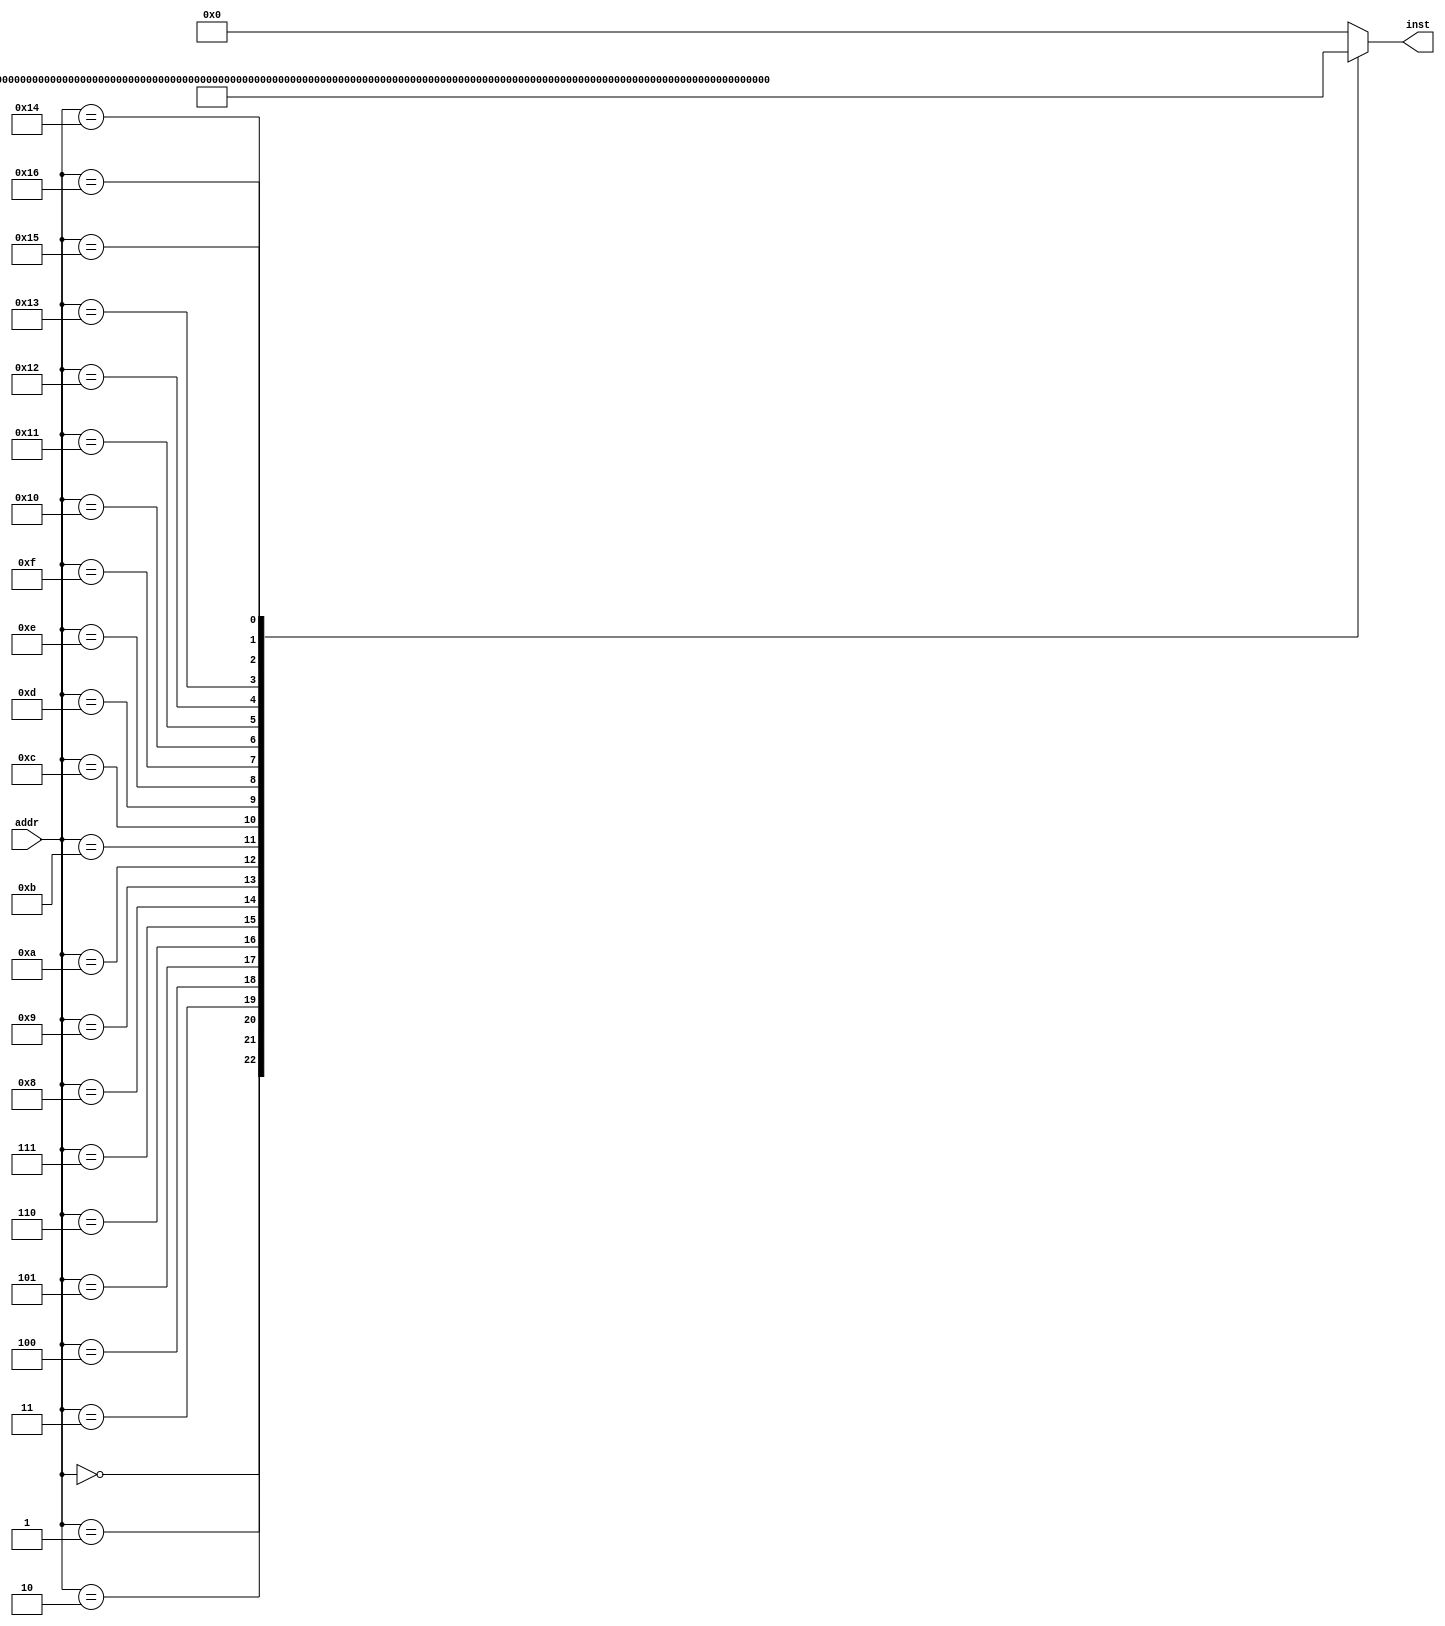
`timescale 1ns / 1ps
//*************************************************************************
//   > : inst_rom.v
//   >   
//   >         
//   >   : LOONGSON
//   >   : 2016-04-14
//*************************************************************************
module inst_rom(
    input      [4 :0] addr, // 
    output reg [31:0] inst       // 
    );

    wire [31:0] inst_rom[22:0];  // 7'b000_0000~7'b111_1111
    //-------------  ---------||---  -----|-  -----//
    assign inst_rom[ 0] = 32'h24010001; // 00H: addiu $1 ,$0,#1   | $1 = 0000_0001H
    assign inst_rom[ 1] = 32'h00011100; // 04H: sll   $2 ,$1,#4   | $2 = 0000_0010H
    assign inst_rom[ 2] = 32'h00411821; // 08H: addu  $3 ,$2,$1   | $3 = 0000_0011H
    assign inst_rom[ 3] = 32'h00022082; // 0CH: srl   $4 ,$2,#2   | $4 = 0000_0004H
    assign inst_rom[ 4] = 32'h00642823; // 10H: subu  $5 ,$3,$4   | $5 = 0000_000DH
    assign inst_rom[ 5] = 32'hAC250013; // 14H: sw    $5 ,#19($1) | Mem[0000_0014H] = 0000_000DH
    assign inst_rom[ 6] = 32'h00A23027; // 18H: nor   $6 ,$5,$2   | $6 = FFFF_FFE2H
    assign inst_rom[ 7] = 32'h00C33825; // 1CH: or    $7 ,$6,$3   | $7 = FFFF_FFF3H
    assign inst_rom[ 8] = 32'h00E64026; // 20H: xor   $8 ,$7,$6   | $8 = 0000_0011H
    assign inst_rom[ 9] = 32'hAC08001C; // 24H: sw    $8 ,#28($0) | Mem[0000_001CH] = 0000_0011H
    assign inst_rom[10] = 32'h00C7482A; // 28H: slt   $9 ,$6,$7   | $9 = 0000_0001H
    assign inst_rom[11] = 32'h11210002; // 2CH: beq   $9 ,$1,#2   | 34H
    assign inst_rom[12] = 32'h24010004; // 30H: addiu $1 ,$0,#4   | 
    assign inst_rom[13] = 32'h8C2A0013; // 34H: lw    $10,#19($1) | $10 = 0000_000DH
    assign inst_rom[14] = 32'h15450003; // 38H: bne   $10,$5,#3   | 
    assign inst_rom[15] = 32'h00415824; // 3CH: and   $11,$2,$1   | $11 = 0000_0000H
    assign inst_rom[16] = 32'hAC0B001C; // 40H: sw    $11,#28($0) | Men[0000_001CH] = 0000_0000H
    assign inst_rom[17] = 32'hAC040010; // 44H: sw    $4 ,#16($0) | Mem[0000_0010H] = 0000_0004H
    assign inst_rom[18] = 32'h3C0C000C; // 48H: lui   $12,#12     | [R12] = 000C_0000H
    
//    assign inst_rom[19] = 32'h00C7F011; //4cH 
    assign inst_rom[19] = 32'h00E6F011; //4cH 
    assign inst_rom[20] = 32'h00A2F815; //50H 
    assign inst_rom[21] = 32'h881C68FB; //54H 
    
    assign inst_rom[22] = 32'h08000000; // 58H: j     00H         | 00H
   
    
    //,4
    always @(*)
    begin
        case (addr)
            5'd0 : inst <= inst_rom[0 ];
            5'd1 : inst <= inst_rom[1 ];
            5'd2 : inst <= inst_rom[2 ];
            5'd3 : inst <= inst_rom[3 ];
            5'd4 : inst <= inst_rom[4 ];
            5'd5 : inst <= inst_rom[5 ];
            5'd6 : inst <= inst_rom[6 ];
            5'd7 : inst <= inst_rom[7 ];
            5'd8 : inst <= inst_rom[8 ];
            5'd9 : inst <= inst_rom[9 ];
            5'd10: inst <= inst_rom[10];
            5'd11: inst <= inst_rom[11];
            5'd12: inst <= inst_rom[12];
            5'd13: inst <= inst_rom[13];
            5'd14: inst <= inst_rom[14];
            5'd15: inst <= inst_rom[15];
            5'd16: inst <= inst_rom[16];
            5'd17: inst <= inst_rom[17];
            5'd18: inst <= inst_rom[18];
            5'd19: inst <= inst_rom[19];
            5'd20: inst <= inst_rom[20];
            5'd21: inst <= inst_rom[21];
            5'd22: inst <= inst_rom[22];
            default: inst <= 32'd0;
        endcase
    end
endmodule